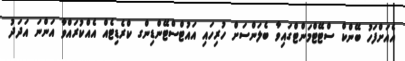
އެއަށްފަހު ބޭންކް ސްޓޭޓްމަންޓްގައިވާ ބެލަންސަށް ހުރިހައި އައުޓްސްޓޭންޑިންގ ކްރެޑިޓެއް އެއްކުރައްވާ އަންނަ އަދަދު